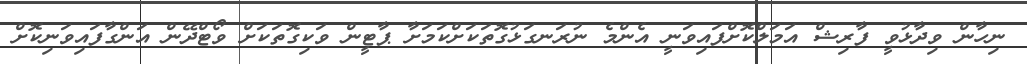
ނިހާން ވިދާޅުވީ ފާރިޝް އަމަލްކޮށްފައިވަނީ އެންމެ ނުރަނގަޅުގޮތަކަށްކަމަށާ ޕާޓީން ވަކިގޮތަކަށް ވޯޓްދޭން އަންގާފައިވަނިކޮށް